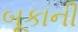
બૂકાની